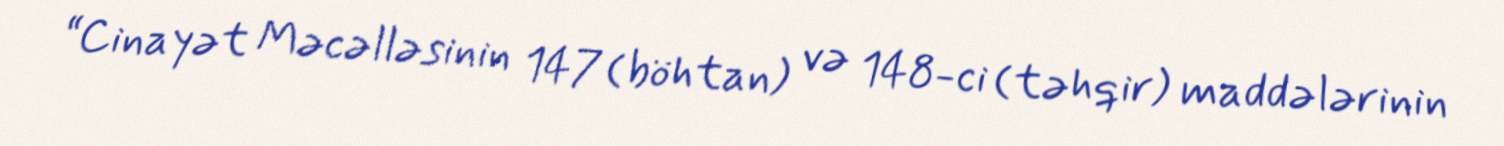
“Cinayət Məcəlləsinin 147 (böhtan) və 148-ci (təhqir) maddələrinin